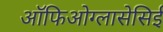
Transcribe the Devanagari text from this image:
ऑफिओग्लासेसिई